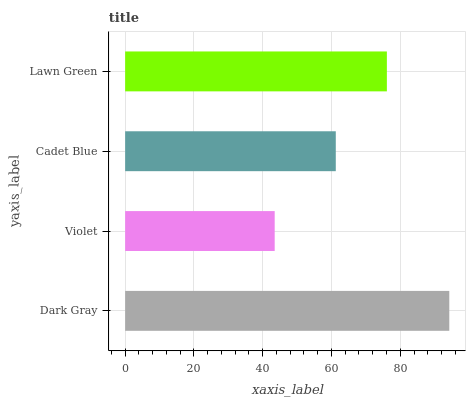
| yaxis_label | bars |
 | --- | --- |
 | Dark Gray | 94.3 |
 | Violet | 43.5 |
 | Cadet Blue | 61.3 |
 | Lawn Green | 76.1 |